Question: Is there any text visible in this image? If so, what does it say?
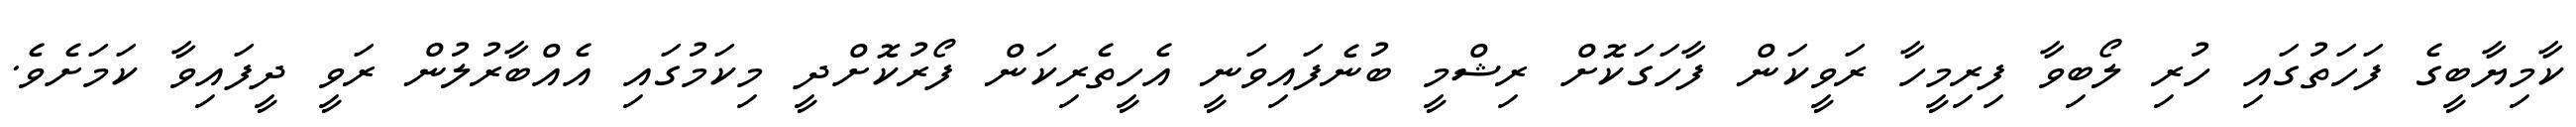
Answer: ކާމިޔާބީގެ ފަހަތުގައި ހުރި ލޯބިވާ ފިރިމީހާ ރަވީކަން ފާހަގަކޮށް ރިޝްމީ ބުނެފައިވަނީ އެހީތެރިކަން ފޯރުކޮށްދީ މިކަމުގައި އެއްބާރުލުން ރަވީ ދީފައިވާ ކަމަށެވެ.